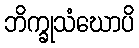
ဘိက္ခုသံဃောပိ